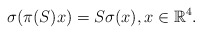
\begin{align*} \sigma(\pi(S) x) = S \sigma(x), x \in \mathbb{R}^{4}.\end{align*}